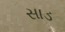
સાડ